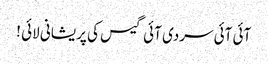
آئی آئی سردی آئی گیس کی پریشانی لائی !